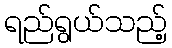
ရည်ရွယ်သည့်